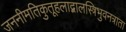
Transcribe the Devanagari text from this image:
जननीमतिकुतूहलाद्बालस्त्रिभुवनत्राता